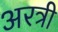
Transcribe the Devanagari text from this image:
अरत्री